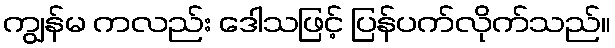
ကျွန်မ ကလည်း ဒေါသဖြင့် ပြန်ပက်လိုက်သည်။